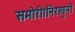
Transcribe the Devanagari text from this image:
समोरी।निरखुनी